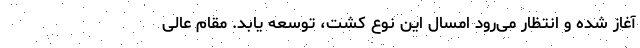
آغاز شده و انتظار می‌رود امسال این نوع کشت، توسعه یابد. مقام عالی